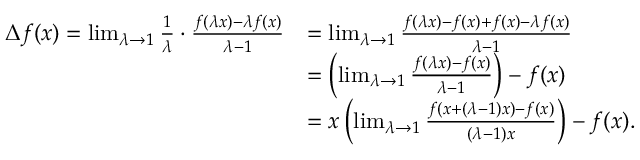
\begin{array} { r l } { \Delta f ( x ) = \operatorname* { l i m } _ { \lambda \to 1 } \frac { 1 } { \lambda } \cdot \frac { f ( \lambda x ) - \lambda f ( x ) } { \lambda - 1 } } & { = \operatorname* { l i m } _ { \lambda \to 1 } \frac { f ( \lambda x ) - f ( x ) + f ( x ) - \lambda f ( x ) } { \lambda - 1 } } \\ & { = \left( \operatorname* { l i m } _ { \lambda \to 1 } \frac { f ( \lambda x ) - f ( x ) } { \lambda - 1 } \right) - f ( x ) } \\ & { = x \left( \operatorname* { l i m } _ { \lambda \to 1 } \frac { f ( x + ( \lambda - 1 ) x ) - f ( x ) } { ( \lambda - 1 ) x } \right) - f ( x ) . } \end{array}